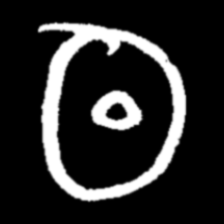
Pyu character \u2014 Myanmar letter: ထ (romanized: tha)